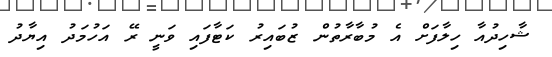
ޝާހިދުއާ ހިލާފަށް އެ މުބާރާތުން ޒުބައިރު ކަޓާފައި ވަނީ ރޭ އަހުމަދު އިޔާދު